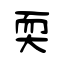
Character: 耎